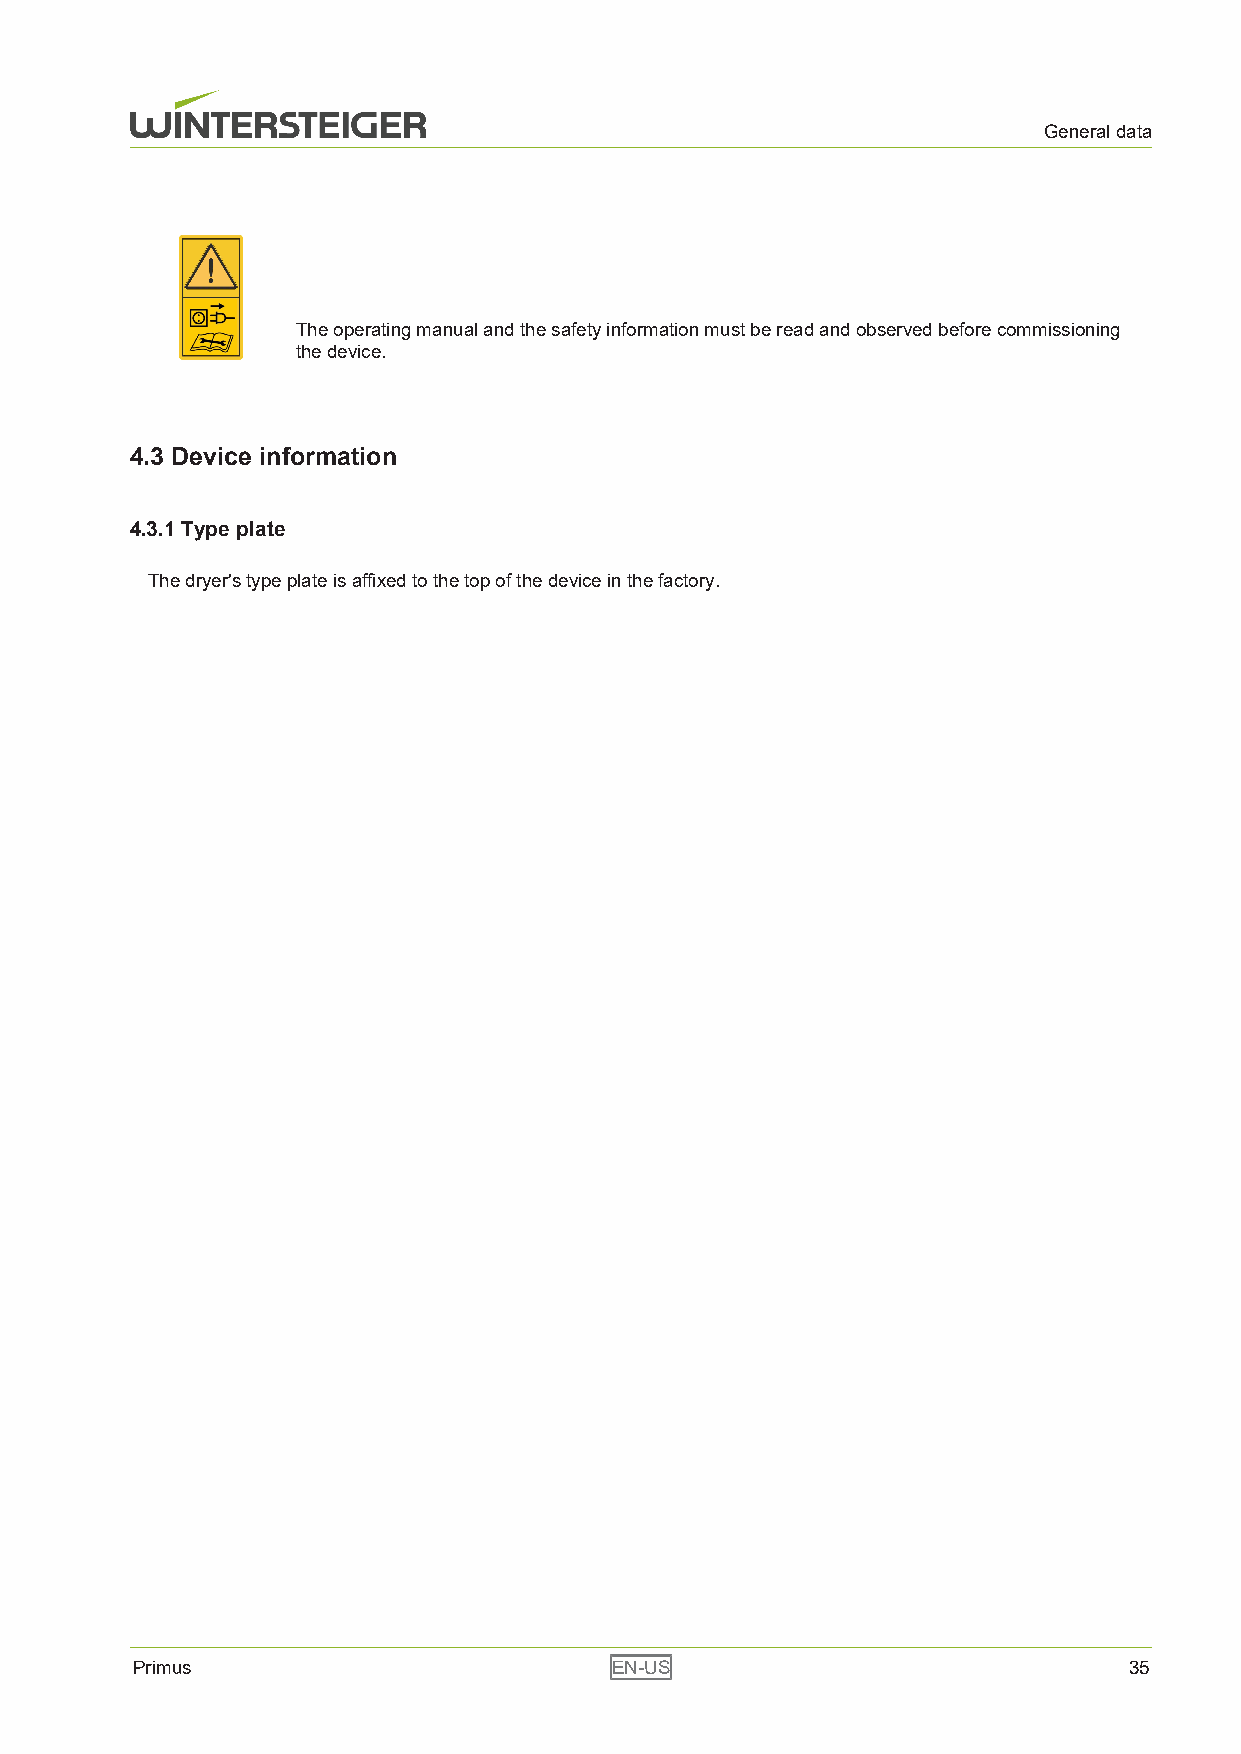
General data
 The operating manual and the safety information must be read and observed before commissioning
 the device.
 4.3 Device information
 4.3.1 Type plate
 The dryer's type plate is affixed to the top of the device in the factory.
 Primus                         EN-US                              35